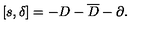
\left[ s , \delta \right] = - D - \overline { { D } } - \partial .